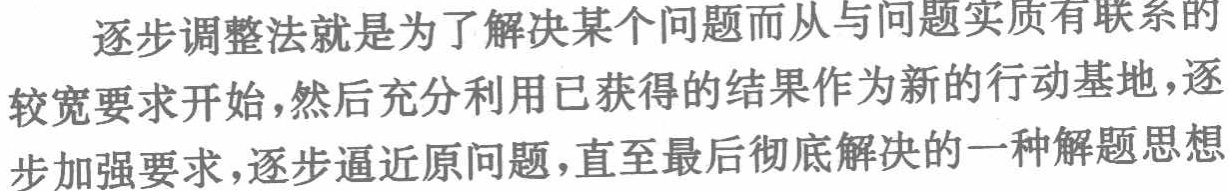
逐步调整法就是为了解决某个问题而从与问题实质有联系的较宽要求开始,然后充分利用已获得的结果作为新的行动基地,逐步加强要求,逐步逼近原问题,直至最后彻底解决的一种解题思想